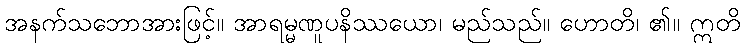
အနက်သဘောအားဖြင့်။ အာရမ္မဏူပနိဿယော၊ မည်သည်။ ဟောတိ၊ ၏။ ဣတိ